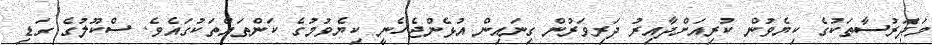
މަދަރުސާތަކުގެ ކިޔެވުން ކުރިއަށްދާއިރު ދަރިވަރުން ގިނައިން އުޅެންޖެހެނީ ކިޔެވުމުގެ ކަންތައްތަކުގައެވެ. ސްކޫލުގެ ގަޑި